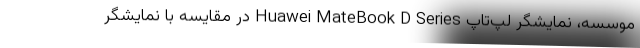
موسسه، نمایشگر لپ‌تاپ Huawei MateBook D Series در مقایسه با نمایشگر